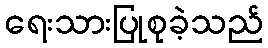
ရေးသားပြုစုခဲ့သည်